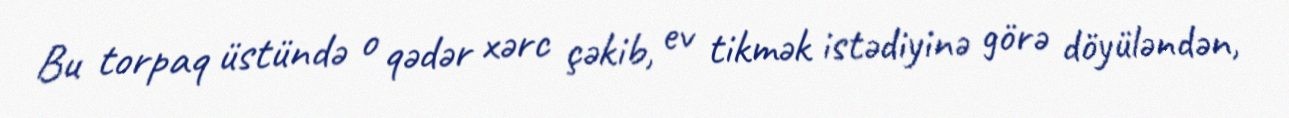
Bu torpaq üstündə o qədər xərc çəkib, ev tikmək istədiyinə görə döyüləndən,